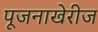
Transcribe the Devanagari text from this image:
पूजनाखेरीज